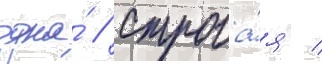
одна́ // Строга́я /